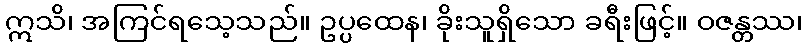
ဣသိ၊ အကြင်ရသေ့သည်။ ဥပ္ပထေန၊ ခိုးသူရှိသော ခရီးဖြင့်။ ဝဇန္တဿ၊